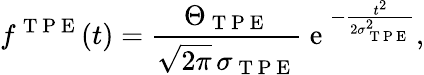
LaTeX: f^{\mathrm{~T~P~E~}}(t)=\frac{\Theta_{\mathrm{~T~P~E~}}}{\sqrt{2\pi}\, \sigma_{\mathrm{~T~P~E~}}}\mathrm{~e~}^{-\frac{t^{2}}{2\sigma_{\mathrm{~T~P~E~}}^{2}}},